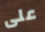
على